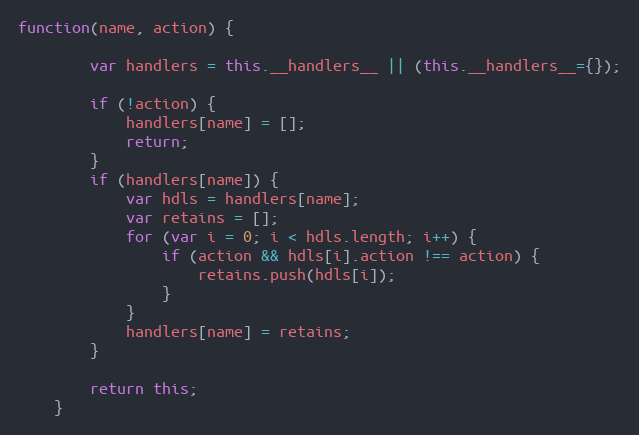
Language: JavaScript
function(name, action) {

        var handlers = this.__handlers__ || (this.__handlers__={});

        if (!action) {
            handlers[name] = [];
            return;
        }
        if (handlers[name]) {
            var hdls = handlers[name];
            var retains = [];
            for (var i = 0; i < hdls.length; i++) {
                if (action && hdls[i].action !== action) {
                    retains.push(hdls[i]);
                }
            }
            handlers[name] = retains;
        }

        return this;
    }